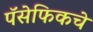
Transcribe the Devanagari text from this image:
पॅसेफिकचे